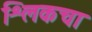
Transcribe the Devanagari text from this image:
श्लिकचा